Annual report of the Civil Veterinary Department, Bengal, for the year 1897-98 - 1897-1898
Year: 1897
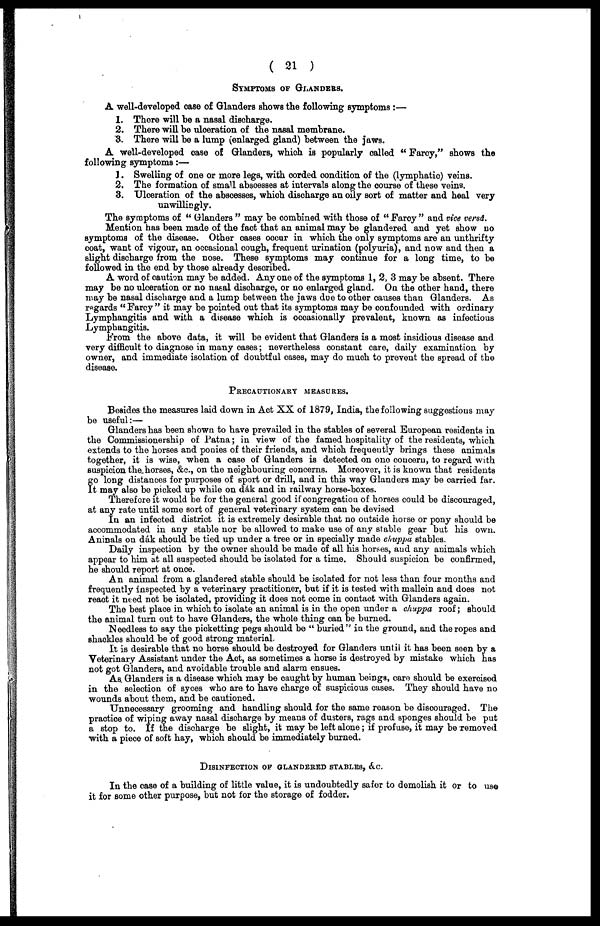
( 21 )
SYMPTOMS OF GLANDERS.
A well-developed case of Glanders shows the following symptoms :—
1. There will be a nasal discharge.
2. There will be ulceration of the nasal membrane.
3. There will be a lump (enlarged gland) between the jaws.
A well-developed case of Glanders, which is popularly called "Farcy," shows the
following symptoms :—
1. Swelling of one or more legs, with corded condition of the (lymphatic) veins.
2. The formation of small abscesses at intervals along the course of these veins.
3. Ulceration of the abscesses, which discharge an oily sort of matter and heal very
unwillingly.
The symptoms of "Glanders" may be combined with those of "Farcy" and vice vend.
Mention has been made of the fact that an animal may be glandered and yet show no
symptoms of the disease. Other cases occur in which the only symptoms are an unthrifty
coat, want of vigour, an occasional cough, frequent urination (polyuria), and now and then a
slight discharge from the nose. These symptoms may continue for a long time, to be
followed in the end by those already described.
A word of caution may be added. Any one of the symptoms 1, 2, 3 may be absent. There
may be no ulceration or no nasal discharge, or no enlarged gland. On the other hand, there
may be nasal discharge and a lump between the jaws due to other causes than Glanders. As
regards "Farcy" it may be pointed out that its symptoms may be confounded with ordinary
Lymphangitis and with a disease which is occasionally prevalent, known as infectious
Lymphangitis.
From the above data, it will be evident that Glanders is a most insidious disease and
very difficult to diagnose in many cases ; nevertheless constant care, daily examination by
owner, and immediate isolation of doubtful cases, may do much to prevent the spread of the
disease.
PRECAUTIONARY MEASURES.
Besides the measures laid down in Act XX of 1879, India, the following suggestions may
be useful :—
Glanders has been shown to have prevailed in the stables of several European residents in
the Commissionership of Patna ; in view of the famed hospitality of the residents, which
extends to the horses and ponies of their friends, and which frequently brings these animals
together, it is wise, when a case of Glanders is detected on one concern, to regard with
suspicion the horses, &c., on the neighbouring concerns. Moreover, it is known that residents
go long distances for purposes of sport or drill, and in this way Glanders may be carried far.
It may also be picked up while on dak and in railway horse-boxes.
Therefore it would be for the general good if congregation of horses could be discouraged,
at any rate until some sort of general veterinary system can be devised
In an infected district it is extremely desirable that no outside horse or pony should be
accommodated in any stable nor be allowed to make use of any stable gear but his own.
Aninals on dak should be tied up under a tree or in specially made chuppa stables.
Daily inspection by the owner should be made of all his horses, and any animals which
appear to him at all suspected should be isolated for a time. Should suspicion be confirmed,
he should report at once.
An animal from a glandered stable should be isolated for not less than four months and
frequently inspected by a veterinary practitioner, but if it is tested with mallein and does not
react it need not be isolated, providing it does not come in contact with Glanders again.
The best place in which to isolate an animal is in the open under a chuppa roof ; should
the animal turn out to have Glanders, the whole thing can be burned.
Needless to say the picketting pegs should be "buried" in the ground, and the ropes and
shackles should be of good strong material.
It is desirable that no horse should be destroyed for Glanders until it has been seen by a
Veterinary Assistant under the Act, as sometimes a horse is destroyed by mistake which has
not got Glanders, and avoidable trouble and alarm ensues.
As. Glanders is a disease which may be caught by human beings, care should be exercised
in the selection of syces who are to have charge of suspicious cases. They should have no
wounds about them, and be cautioned.
Unnecessary grooming and handling should for the same reason be discouraged. The
practice of wiping away nasal discharge by means of dusters, rags and sponges should be put
a stop to. If the discharge be slight, it may be left alone ; if profuse, it may be removed
with a piece of soft hay, which should be immediately burned.
DISINFECTION OF GLANDERED STABLES, &c.
In the case of a building of little value, it is undoubtedly safer to demolish it or to use
it for some other purpose, but not for the storage of fodder.